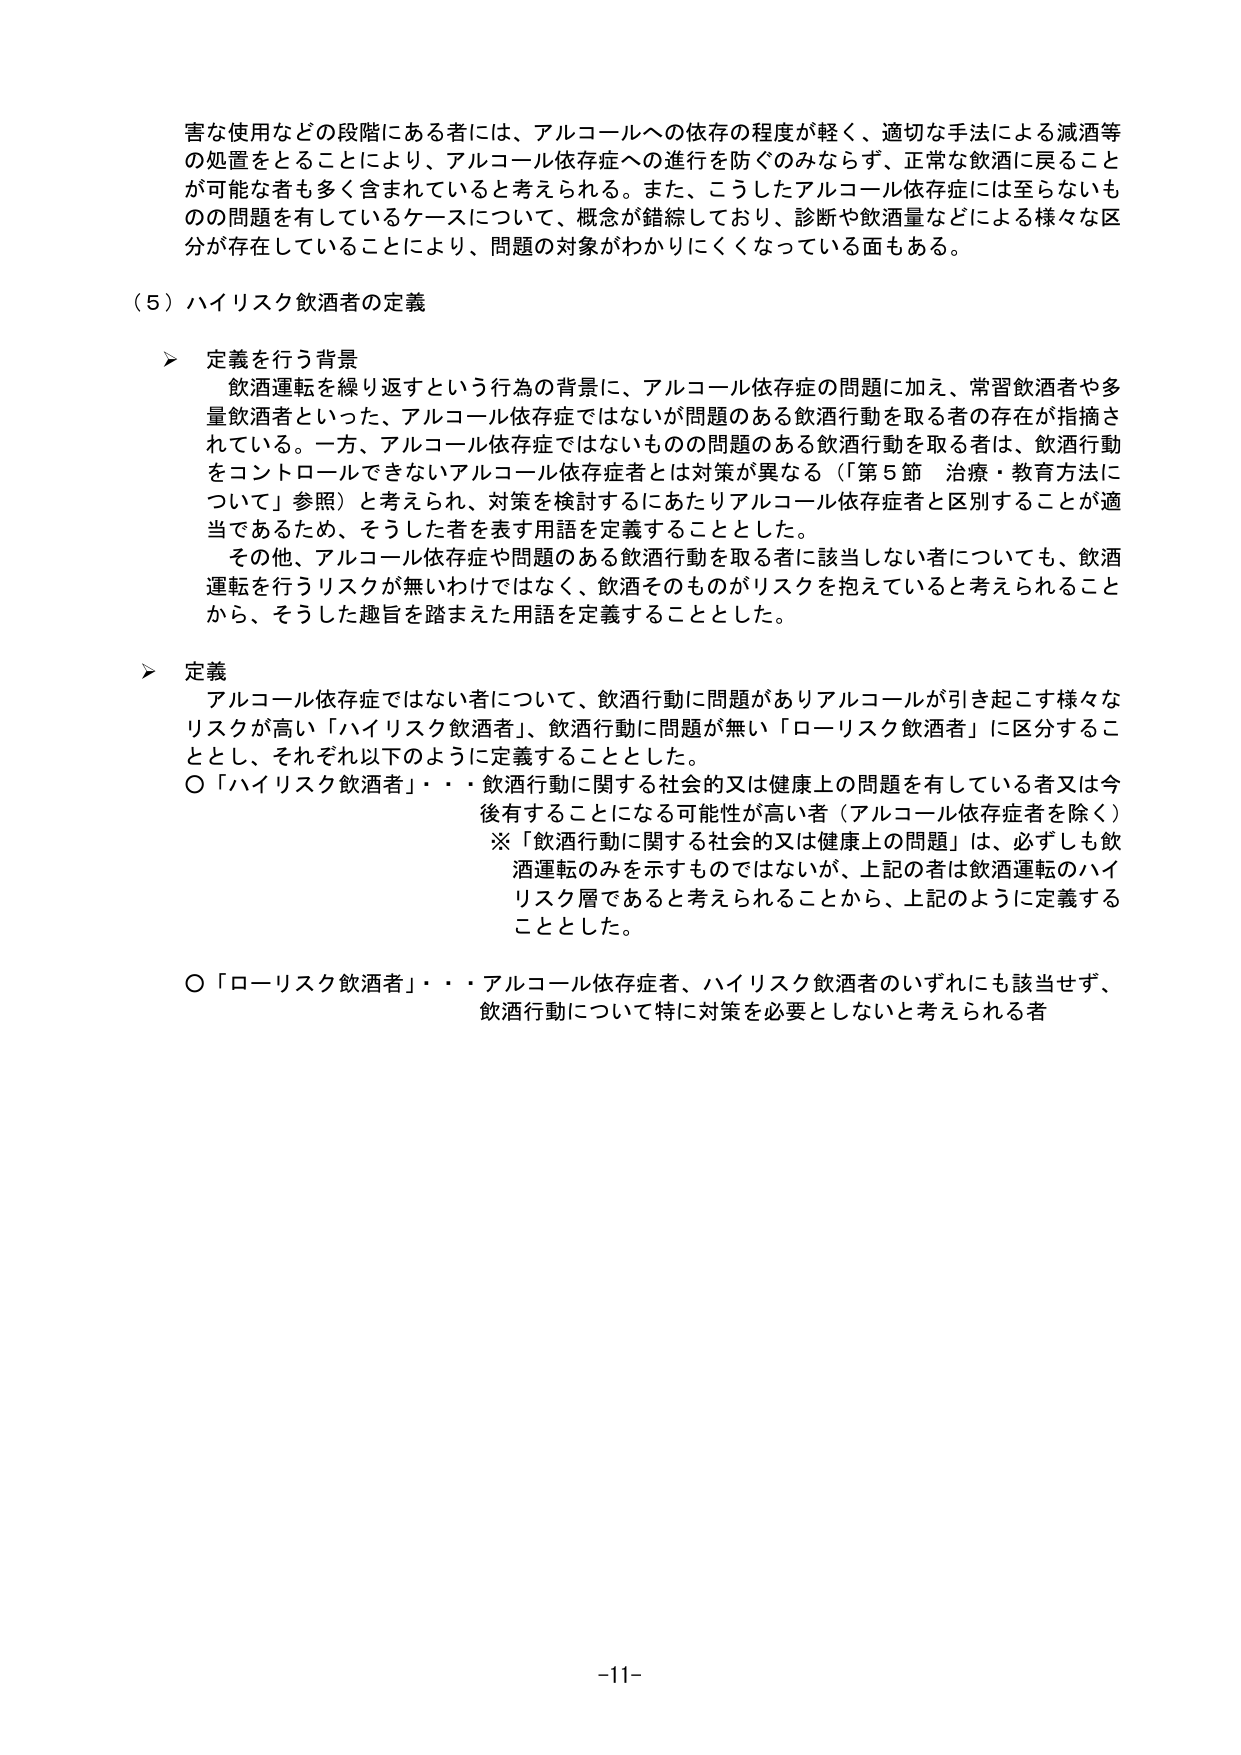
害な使用などの段階にある者には、アルコールへの依存の程度が軽く、適切な手法による減酒等の処置をとることにより、アルコール依存症への進行を防ぐのみならず、正常な飲酒に戻ることが可能な者も多く含まれていると考えられる。また、こうしたアルコール依存症には至らないものの問題を有しているケースについて、概念が錯綜しており、診断や飲酒量などによる様々な区分が存在していることにより、問題の対象がわかりにくくなっている面もある。

（５）ハイリスク飲酒者の定義

➤ 定義を行う背景
　飲酒運転を繰り返すという行為の背景に、アルコール依存症の問題に加え、常習飲酒者や多量飲酒者といった、アルコール依存症ではないが問題のある飲酒行動を取る者の存在が指摘されている。一方、アルコール依存症ではないものの問題のある飲酒行動を取る者は、飲酒行動をコントロールできないアルコール依存症者とは対策が異なる（「第５節　治療・教育方法について」参照）と考えられ、対策を検討するにあたりアルコール依存症者と区別することが適当であるため、そうした者を表す用語を定義することとした。
　その他、アルコール依存症や問題のある飲酒行動を取る者に該当しない者についても、飲酒運転を行うリスクが無いわけではなく、飲酒そのものがリスクを抱えていると考えられることから、そうした趣旨を踏まえた用語を定義することとした。

➤ 定義
　アルコール依存症ではない者について、飲酒行動に問題がありアルコールが引き起こす様々なリスクが高い「ハイリスク飲酒者」、飲酒行動に問題が無い「ローリスク飲酒者」に区分することとし、それぞれ以下のように定義することとした。
○「ハイリスク飲酒者」・・・飲酒行動に関する社会的又は健康上の問題を有している者又は今後有することになる可能性が高い者（アルコール依存症者を除く）
　※「飲酒行動に関する社会的又は健康上の問題」は、必ずしも飲酒運転のみを示すものではないが、上記の者は飲酒運転のハイリスク層であると考えられることから、上記のように定義することとした。

○「ローリスク飲酒者」・・・アルコール依存症者、ハイリスク飲酒者のいずれにも該当せず、飲酒行動について特に対策を必要としないと考えられる者

-11-